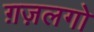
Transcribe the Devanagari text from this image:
ग़ज़लगो